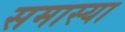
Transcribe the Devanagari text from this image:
समास्या